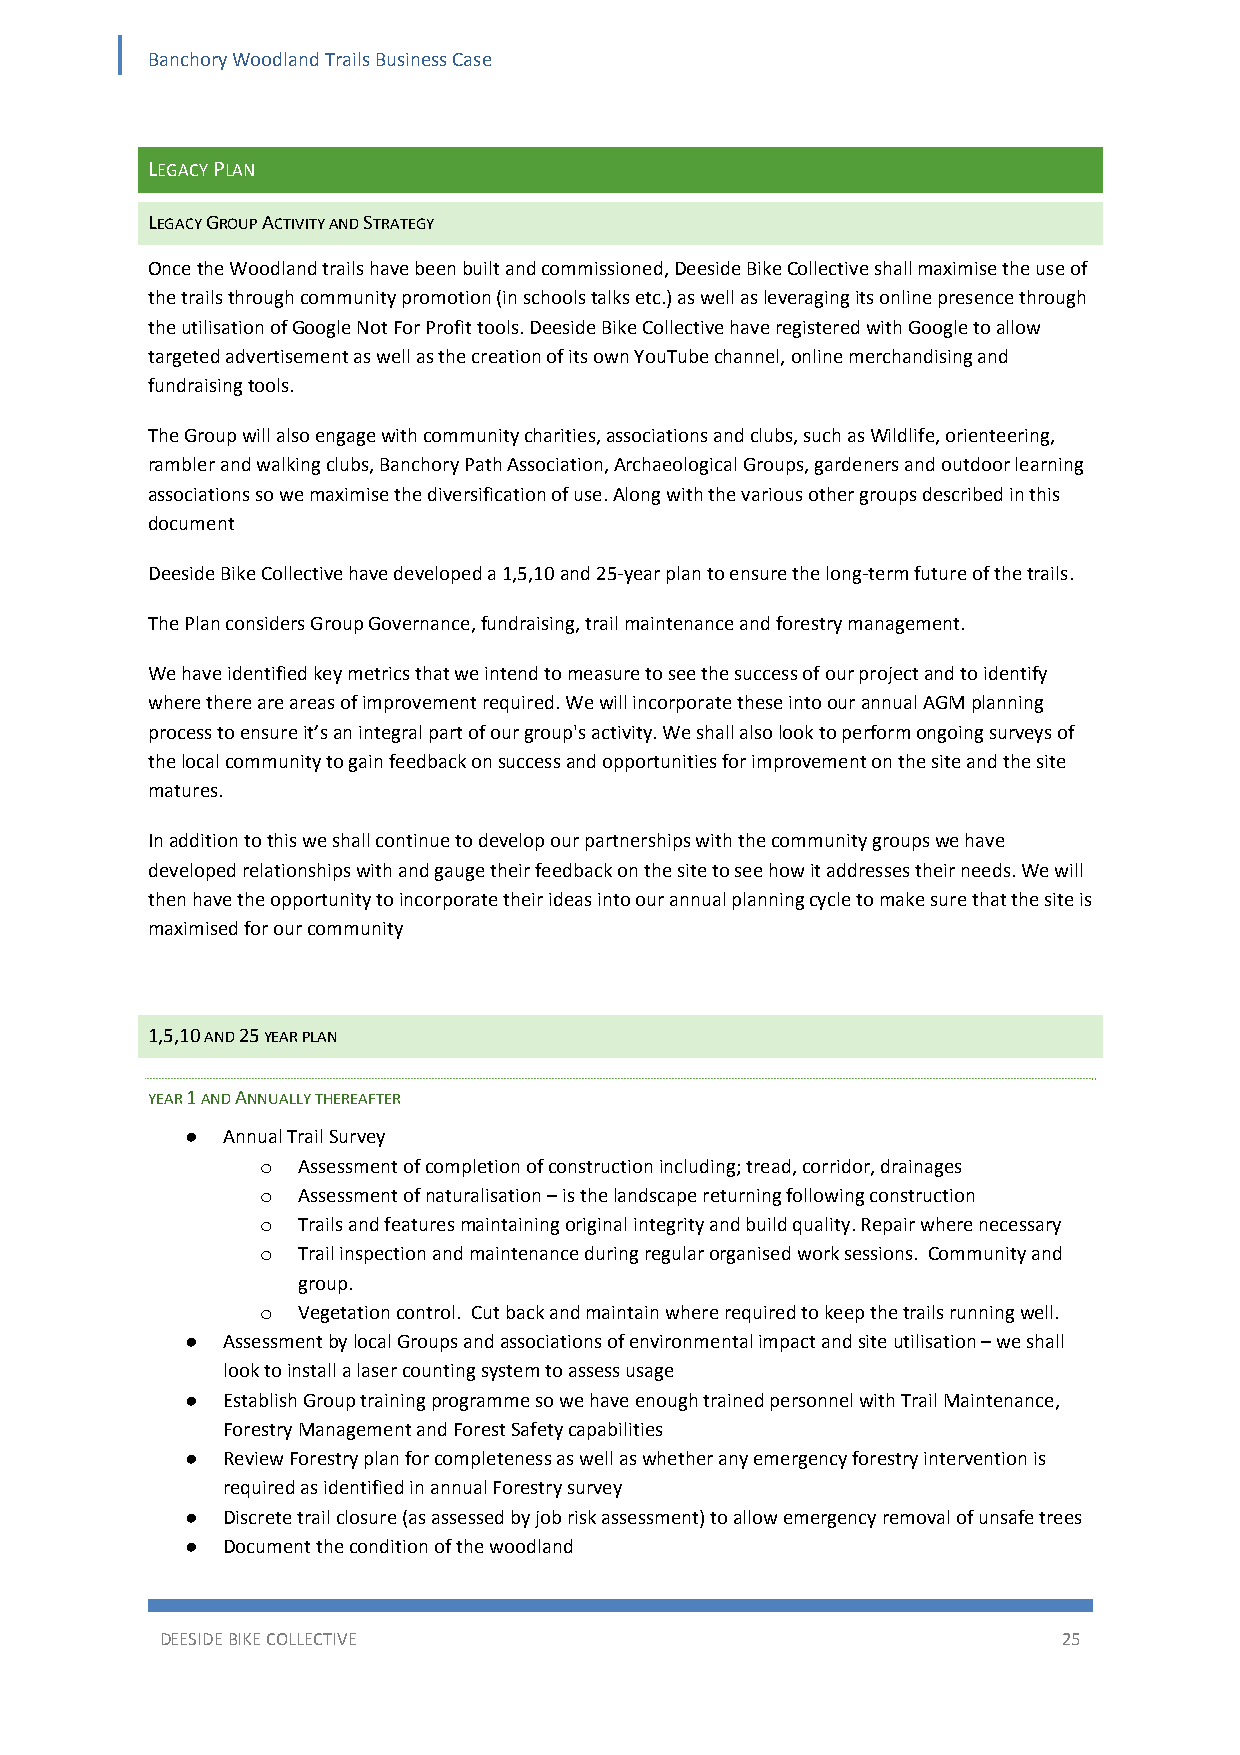
Banchory Woodland Trails Business Case
 LEGACY PLAN
 LEGACY GROUP ACTIVITY AND STRATEGY
 Once the Woodland trails have been built and commissioned, Deeside Bike Collective shall maximise the use of
 the trails through community promotion (in schools talks etc.) as well as leveraging its online presence through
 the utilisation of Google Not For Profit tools. Deeside Bike Collective have registered with Google to allow
 targeted advertisement as well as the creation of its own YouTube channel, online merchandising and
 fundraising tools.
 The Group will also engage with community charities, associations and clubs, such as Wildlife, orienteering,
 rambler and walking clubs, Banchory Path Association, Archaeological Groups, gardeners and outdoor learning
 associations so we maximise the diversification of use. Along with the various other groups described in this
 document
 Deeside Bike Collective have developed a 1,5,10 and 25‐year plan to ensure the long‐term future of the trails.
 The Plan considers Group Governance, fundraising, trail maintenance and forestry management.
 We have identified key metrics that we intend to measure to see the success of our project and to identify
 where there are areas of improvement required. We will incorporate these into our annual AGM planning
 process to ensure it’s an integral part of our group's activity. We shall also look to perform ongoing surveys of
 the local community to gain feedback on success and opportunities for improvement on the site and the site
 matures.
 In addition to this we shall continue to develop our partnerships with the community groups we have
 developed relationships with and gauge their feedback on the site to see how it addresses their needs. We will
 then have the opportunity to incorporate their ideas into our annual planning cycle to make sure that the site is
 maximised for our community
 1,5,10 AND 25 YEAR PLAN
 YEAR 1 AND ANNUALLY THEREAFTER
 ●  Annual Trail Survey
 o  Assessment of completion of construction including; tread, corridor, drainages
 o  Assessment of naturalisation – is the landscape returning following construction
 o  Trails and features maintaining original integrity and build quality. Repair where necessary
 o  Trail inspection and maintenance during regular organised work sessions. Community and
 group.
 o  Vegetation control. Cut back and maintain where required to keep the trails running well.
 ●  Assessment by local Groups and associations of environmental impact and site utilisation – we shall
 look to install a laser counting system to assess usage
 ●  Establish Group training programme so we have enough trained personnel with Trail Maintenance,
 Forestry Management and Forest Safety capabilities
 ●  Review Forestry plan for completeness as well as whether any emergency forestry intervention is
 required as identified in annual Forestry survey
 ●  Discrete trail closure (as assessed by job risk assessment) to allow emergency removal of unsafe trees
 ●  Document the condition of the woodland
 DEESIDE BIKE COLLECTIVE                                    25